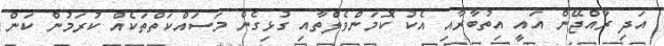
އަދި ރާއްޖޭން އައީ އިތުބާރާއި އެކު ކޮމަންވެލްތާއި ގުޅިގެން މަސައްކަތްތަކެއް ކުރަމުން ކަން